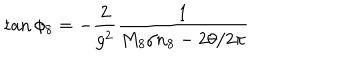
\tan \phi _ { 8 } = - { \frac { 2 } { g ^ { 2 } } } { \frac { 1 } { M _ { 8 } / n _ { 8 } - 2 \theta / 2 \pi } }